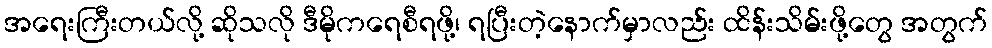
အရေးကြီးတယ်လို့ ဆိုသလို ဒီမိုကရေစီရဖို့၊ ရပြီးတဲ့နောက်မှာလည်း ထိန်းသိမ်းဖို့တွေ အတွက်